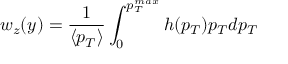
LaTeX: w _ { z } ( y ) = \frac { 1 } { \langle p _ { T } \rangle } \int _ { 0 } ^ { p _ { T } ^ { m a x } } h ( p _ { T } ) p _ { T } d p _ { T }